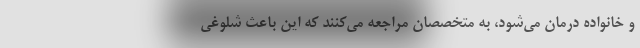
و خانواده درمان می‌شود، به متخصصان مراجعه می‌کنند که این باعث شلوغی